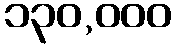
၁၃၀,၀၀၀